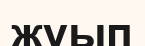
жуып